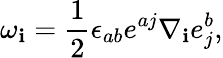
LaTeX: \omega_{\mathbf{i}}=\frac{{1}}{{2}}\epsilon_{ab}e^{aj}\nabla_{\mathbf{i}}e_{j}^{b},